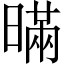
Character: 暪